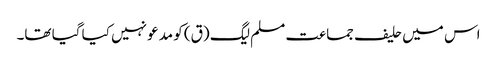
اس میں حلیف جماعت مسلم لیگ (ق) کو مدعو نہیں کیا گیا تھا۔